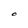
Character: O